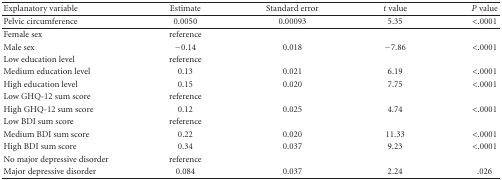
<table><thead><tr><td><b>Explanatory variable</b></td><td><b>Estimate</b></td><td><b>Standard error</b></td><td><b><i>t</i> value</b></td><td><b><i>P</i> value</b></td></tr></thead><tbody><tr><td>Pelvic circumference</td><td>0.0050</td><td>0.00093</td><td>5.35</td><td>&lt;.0001</td></tr><tr><td>Female sex</td><td>reference</td><td></td><td></td><td></td></tr><tr><td>Male sex</td><td>−0.14</td><td>0.018</td><td>−7.86</td><td>&lt;.0001</td></tr><tr><td>Low education level</td><td>reference</td><td></td><td></td><td></td></tr><tr><td>Medium education level</td><td>0.13</td><td>0.021</td><td>6.19</td><td>&lt;.0001</td></tr><tr><td>High education level</td><td>0.15</td><td>0.020</td><td>7.75</td><td>&lt;.0001</td></tr><tr><td>Low GHQ-12 sum score</td><td>reference</td><td></td><td></td><td></td></tr><tr><td>High GHQ-12 sum score</td><td>0.12</td><td>0.025</td><td>4.74</td><td>&lt;.0001</td></tr><tr><td>Low BDI sum score</td><td>reference</td><td></td><td></td><td></td></tr><tr><td>Medium BDI sum score</td><td>0.22</td><td>0.020</td><td>11.33</td><td>&lt;.0001</td></tr><tr><td>High BDI sum score</td><td>0.34</td><td>0.037</td><td>9.23</td><td>&lt;.0001</td></tr><tr><td>No major depressive disorder</td><td>reference</td><td></td><td></td><td></td></tr><tr><td>Major depressive disorder</td><td>0.084</td><td>0.037</td><td>2.24</td><td>.026</td></tr></tbody></table>